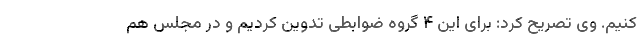
کنیم. وی تصریح کرد: برای این ۴ گروه ضوابطی تدوین کردیم و در مجلس هم